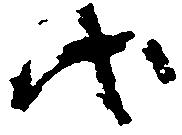
代